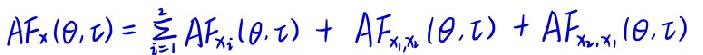
$AF_{x}(\theta,\tau)=\sum_{i = 1}^{2}AF_{x_{i}}(\theta,\tau)+AF_{x_{1}x_{2}}(\theta,\tau)+AF_{x_{2}x_{1}}(\theta,\tau)$